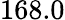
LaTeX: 168.0